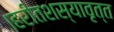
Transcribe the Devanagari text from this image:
।हरीतशस्यावृत्त